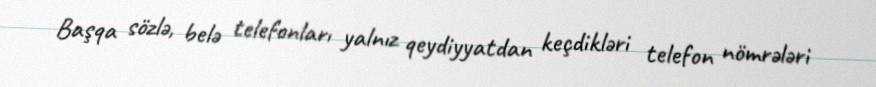
Başqa sözlə, belə telefonları yalnız qeydiyyatdan keçdikləri telefon nömrələri